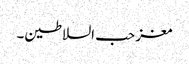
مغز حب السلاطین۔